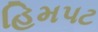
હિમપટ